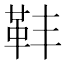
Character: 𩉧